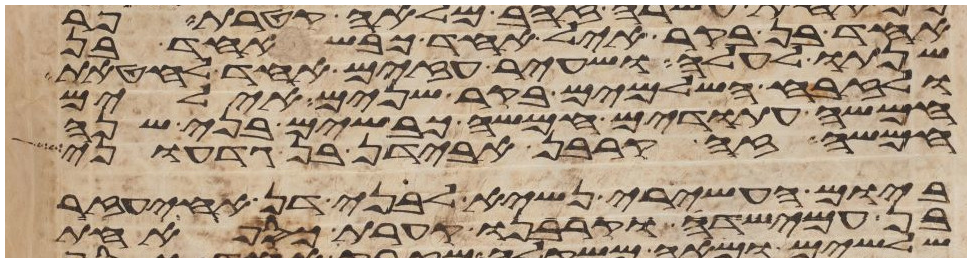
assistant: אחד בן בקר איל אחד כבש אחד בן
שנתו לעלה ושעיר עזים אחד לחטאת
ולזבח השלמים בקר שנים אילים
חמשה עתודים חמשה כבשים בני שנה
חמשה זה קרבן אבידן בן גדעוני
ביום העשירי נשיא לבני דן אחיעזר
בן עמישדי וקרבנו קערת כסף אחת